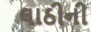
લાઠીની